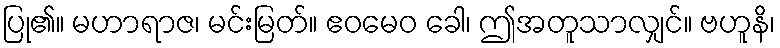
ပြု၏။ မဟာရာဇ၊ မင်းမြတ်။ ဧဝမေဝ ခေါ၊ ဤအတူသာလျှင်။ ဗဟူနိ၊